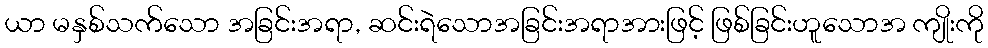
ယာ မနှစ်သက်သော အခြင်းအရာ, ဆင်းရဲသောအခြင်းအရာအားဖြင့် ဖြစ်ခြင်းဟူသောအ ကျိုးကို